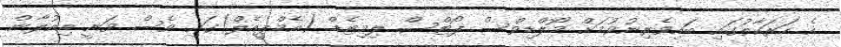
އެ ހަރަކާތުގައި ބައިވެރިނުވުމަށް މޯލްޑިވްސް ޕޯޓްސް ލިމިޓެޑް (އެމްޕީއެލް)ގައި ވެސް ވަނީ އިއުލާން